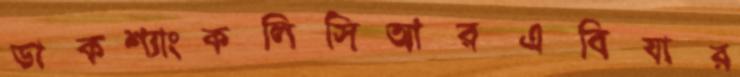
ডাকশ্যাংকলিসিআরএবিযার